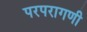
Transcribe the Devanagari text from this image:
परपरागणी